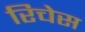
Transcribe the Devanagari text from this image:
रिचेस